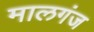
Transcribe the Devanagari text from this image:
मालगंज